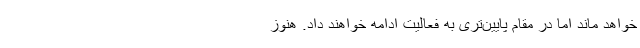
خواهد ماند اما در مقام پایین‌تری به فعالیت ادامه خواهند داد. هنوز